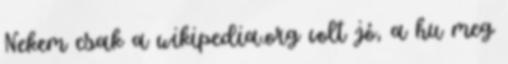
Nekem csak a wikipedia.org volt jó, a hu meg